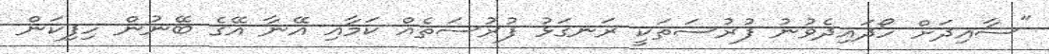
"ސާއިދަށް ހޯދައިދެވުނު ފުރުސަތަކީ ރަނގަޅު ފުރުސަތެއް ކަމާއި އޭނާ އޭގެ ބޭނުން ހިފިކަން